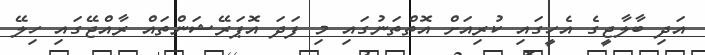
އަދި ބާލާޖީގެ އެހީގައި ކުރިއަށް އޮތްތަނުގައި މި ފަދަ އޮޕަރޭޝަންތައް ރާއްޖޭގައި ހިލޭ